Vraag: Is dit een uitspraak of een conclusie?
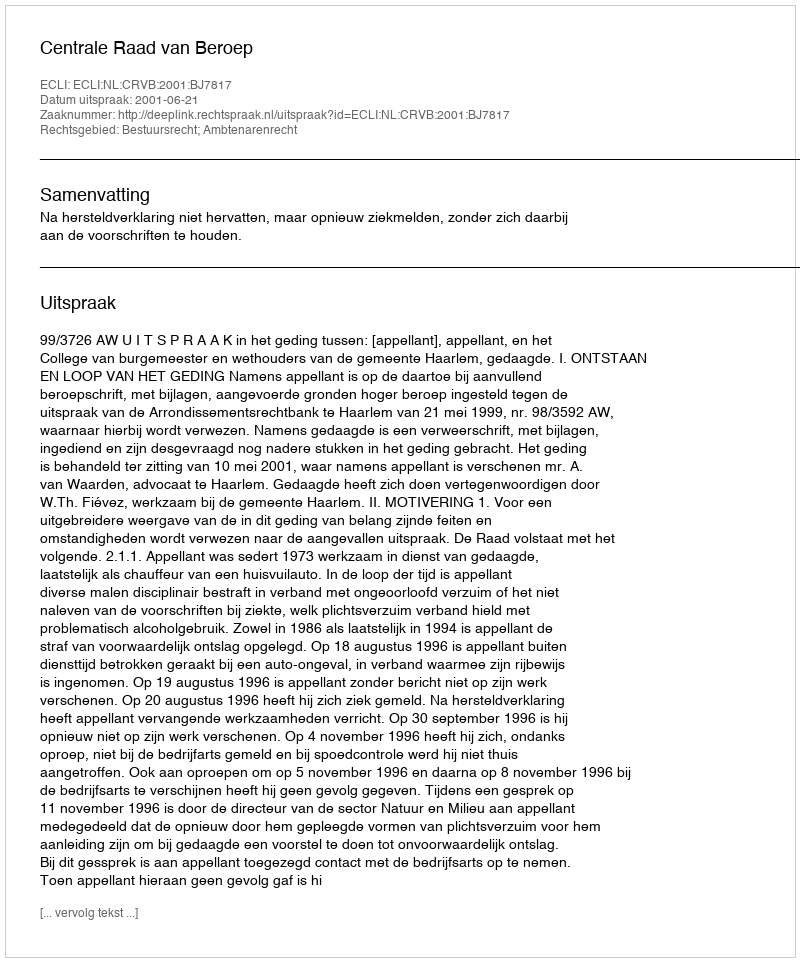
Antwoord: Uitspraak